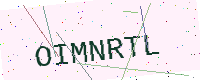
Text: OIMNRTL